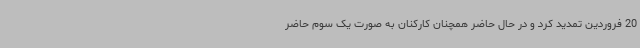
20 فروردین تمدید کرد و در حال حاضر همچنان کارکنان به صورت یک سوم حاضر